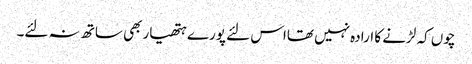
چوں کہ لڑنے کا ارادہ نہیں تھااس لئے پورے ہتھیار بھی ساتھ نہ لئے۔